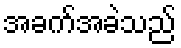
အခက်အခဲသည်